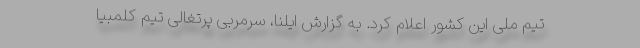
تیم ملی این کشور اعلام کرد. به گزارش ایلنا، سرمربی پرتغالی تیم کلمبیا